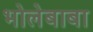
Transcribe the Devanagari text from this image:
भोलेबाबा